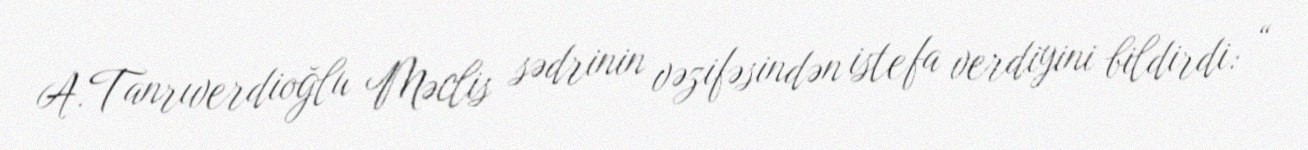
A.Tanrıverdioğlu Məclis sədrinin vəzifəsindən istefa verdiyini bildirdi: “